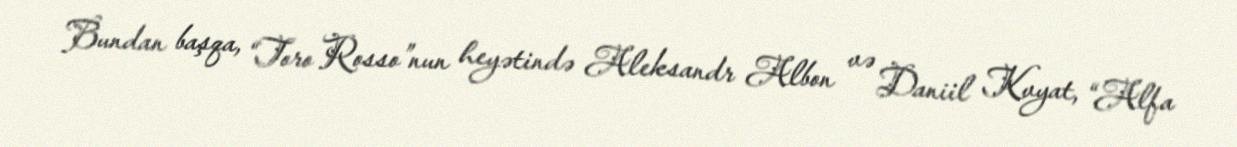
Bundan başqa, “Toro Rosso”nun heyətində Aleksandr Albon və Daniil Kvyat, “Alfa